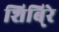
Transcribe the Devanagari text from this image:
शिबि्रे